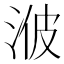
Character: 𱦧